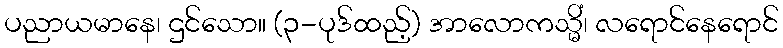
ပညာယမာနေ၊ ဌင်သော။ (၃-ပုဒ်ထည့်) အာလောကသ္မိံ၊ လရောင်နေရောင်